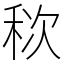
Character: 䅆